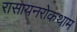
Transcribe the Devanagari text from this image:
रासायनरोकथाम